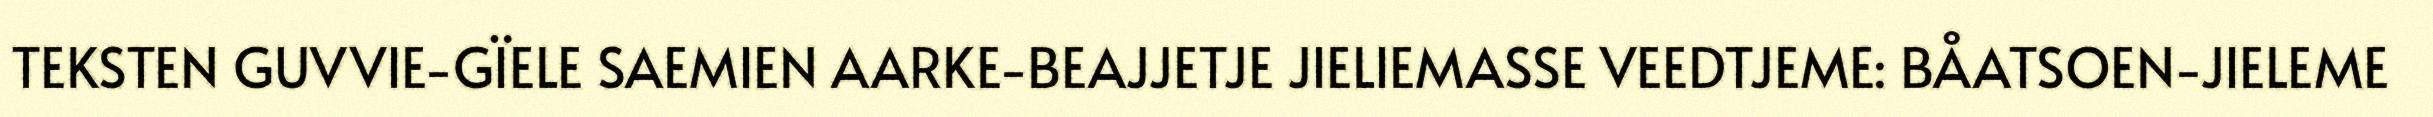
TEKSTEN GUVVIE-GÏELE SAEMIEN AARKE-BEAJJETJE JIELIEMASSE VEEDTJEME: BÅATSOEN-JIELEME